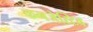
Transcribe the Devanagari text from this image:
कनजेस्टिव